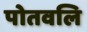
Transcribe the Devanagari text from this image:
पोतवलि